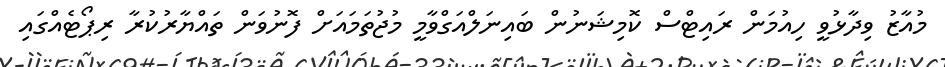
މުއާޒު ވިދާޅުވީ ހިއުމަން ރައިޓްސް ކޮމިޝަނުން ބައިނަލްއަގްވާމީ މުޖުތަމައަށް ފޮނުވަން ތައްޔާރުކުރާ ރިޕޯޓެއްގައި